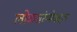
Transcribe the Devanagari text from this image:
लोकसंख्येबद्दल